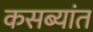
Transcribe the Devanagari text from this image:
कसब्यांत